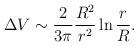
LaTeX: \begin{align*}\Delta V \sim \frac{2}{3\pi} \frac{R^2}{r^2} \ln \frac{r}{R}.\end{align*}